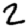
Digit: 2